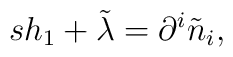
sh_{1}+\tilde{\lambda}=\partial ^{i}\tilde{n}_{i},